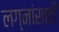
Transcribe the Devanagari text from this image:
लग्नांसाठी